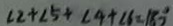
\angle 2 + \angle 5 + \angle 4 + \angle 6 = 1 8 0 ^ { \circ }